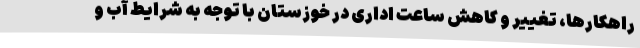
راهکارها، تغییر و کاهش ساعت اداری در خوزستان با توجه به شرایط آب و